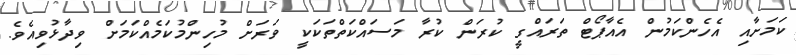
ކަމަށާއި އެހެންކަމުން އެއާޕޯޓް ތަރައްގީ ކުރަން ކުރާ މަސައްކަތްތަކަކީ ވަރަށް މުހިންމުކަމެއްކަމަށް ވިދާޅުވިއެވެ.